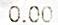
0.00